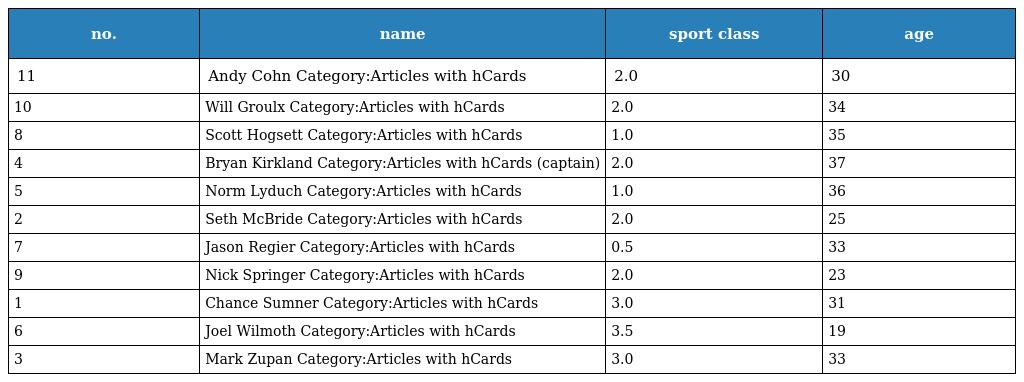
| no. | name | sport class | age |
 | --- | --- | --- | --- |
 | 11 | Andy Cohn Category:Articles with hCards | 2.0 | 30 |
 | 10 | Will Groulx Category:Articles with hCards | 2.0 | 34 |
 | 8 | Scott Hogsett Category:Articles with hCards | 1.0 | 35 |
 | 4 | Bryan Kirkland Category:Articles with hCards (captain) | 2.0 | 37 |
 | 5 | Norm Lyduch Category:Articles with hCards | 1.0 | 36 |
 | 2 | Seth McBride Category:Articles with hCards | 2.0 | 25 |
 | 7 | Jason Regier Category:Articles with hCards | 0.5 | 33 |
 | 9 | Nick Springer Category:Articles with hCards | 2.0 | 23 |
 | 1 | Chance Sumner Category:Articles with hCards | 3.0 | 31 |
 | 6 | Joel Wilmoth Category:Articles with hCards | 3.5 | 19 |
 | 3 | Mark Zupan Category:Articles with hCards | 3.0 | 33 |